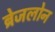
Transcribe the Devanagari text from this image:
ब्रेजलोन